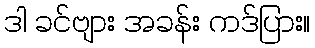
ဒါ ခင်ဗျား အခန်း ကဒ်ပြား။